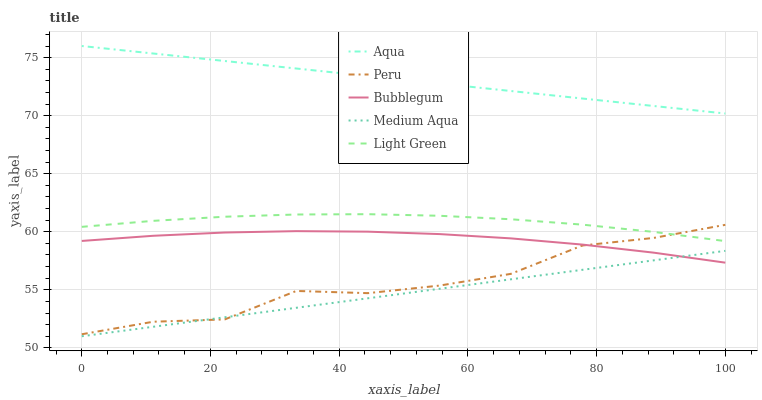
| xaxis_label | Aqua | Peru | Bubblegum | Medium Aqua | Light Green |
 | --- | --- | --- | --- | --- | --- |
 | 0 | 76 | 51.2 | 59.2 | 51 | 60.4 |
 | 11.1 | 75.4 | 52.3 | 59.7 | 51.8 | 60.9 |
 | 22.2 | 74.7 | 52.5 | 59.9 | 52.6 | 61.3 |
 | 33.3 | 74.1 | 54.9 | 60.1 | 53.5 | 61.5 |
 | 44.4 | 73.4 | 54.7 | 60 | 54.3 | 61.5 |
 | 55.6 | 72.8 | 55.4 | 59.8 | 55.1 | 61.4 |
 | 66.7 | 72.1 | 56.4 | 59.4 | 55.9 | 61.1 |
 | 77.8 | 71.5 | 58.8 | 58.9 | 56.7 | 60.6 |
 | 88.9 | 70.8 | 59.5 | 58.2 | 57.5 | 60 |
 | 100 | 70.2 | 60.6 | 57.3 | 58.4 | 59.2 |